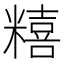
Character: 糦